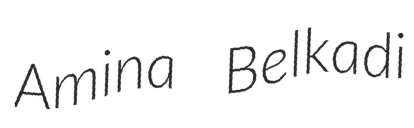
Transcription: Amina Belkadi